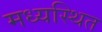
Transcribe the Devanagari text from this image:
मध्यस्थित